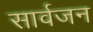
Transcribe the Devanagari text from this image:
सार्वजन